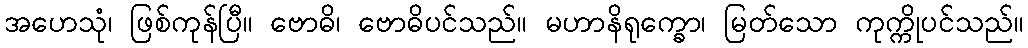
အဟေသုံ၊ ဖြစ်ကုန်ပြီ။ ဗောဓိ၊ ဗောဓိပင်သည်။ မဟာနိရုက္ခော၊ မြတ်သော ကုက္ကိုပင်သည်။